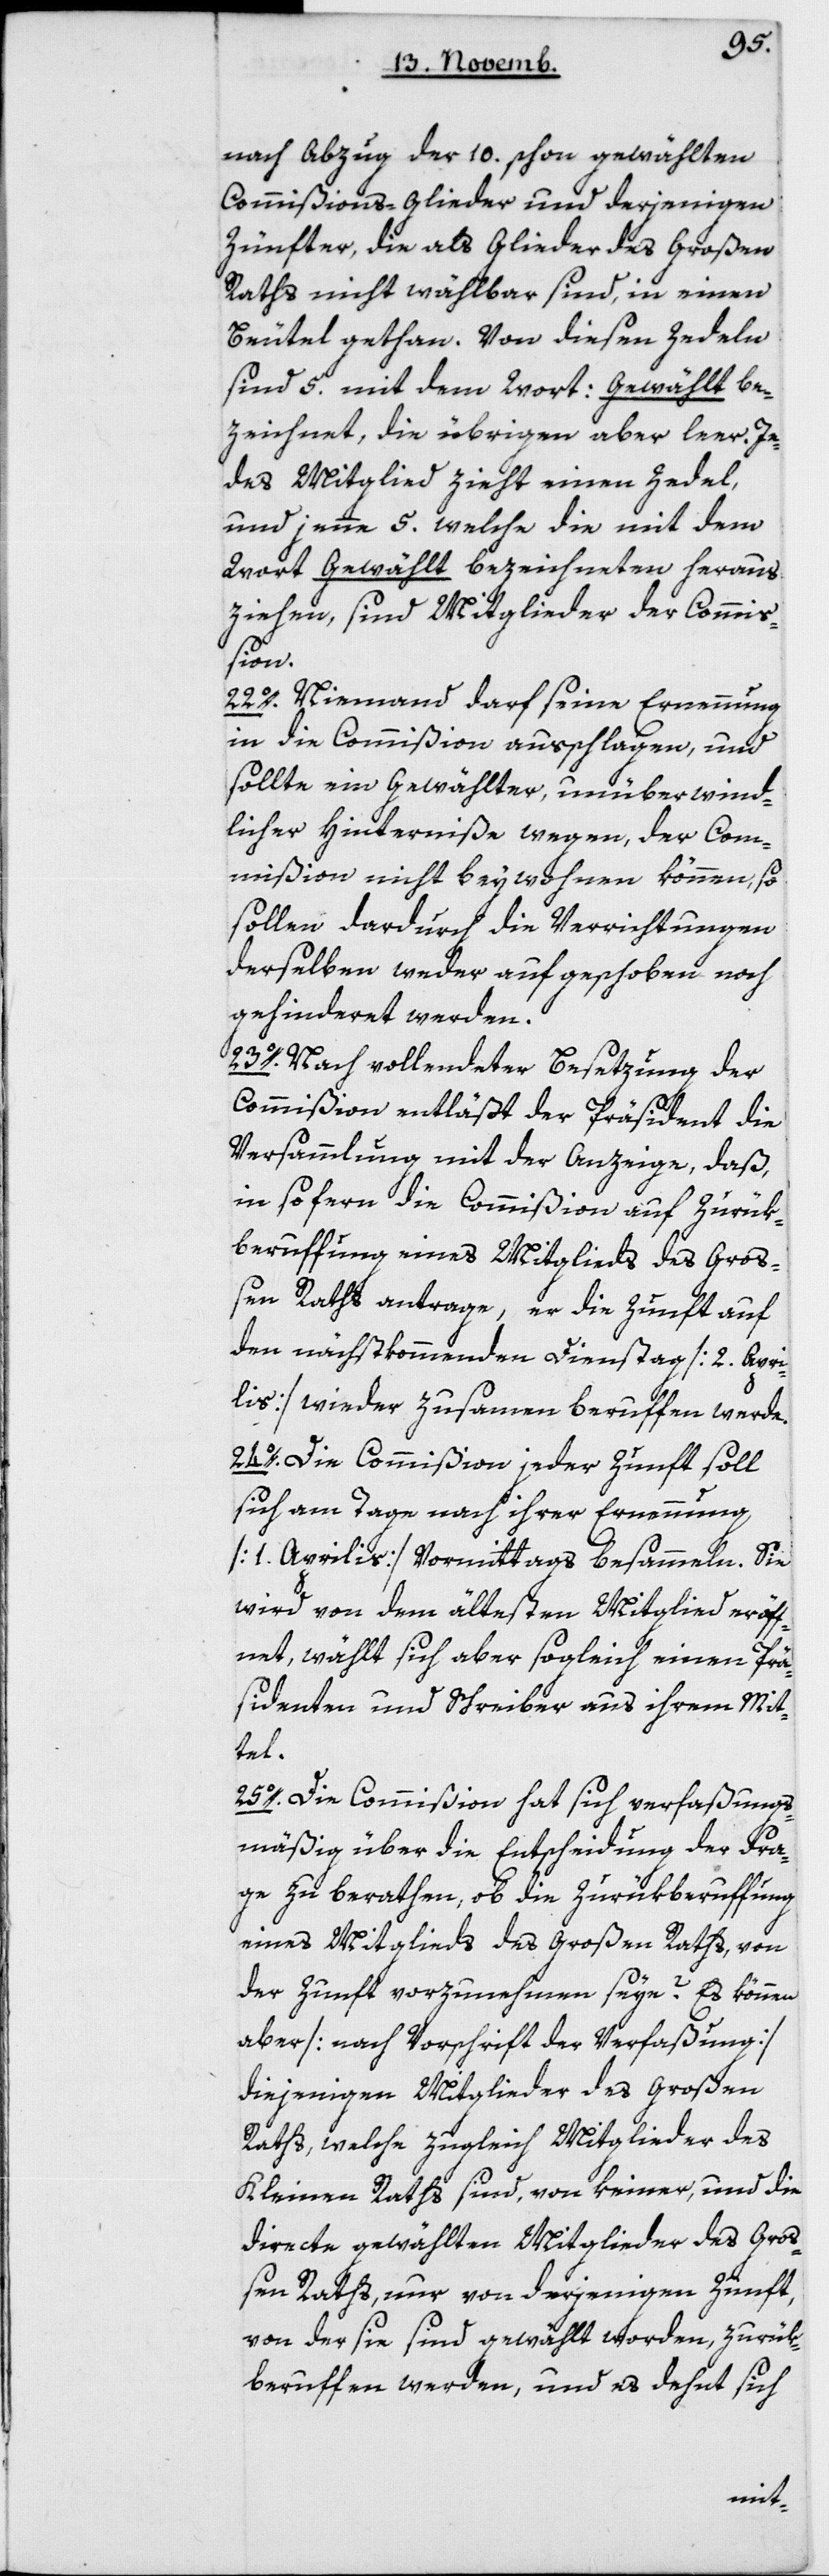
nach Abzug der 10 schon gewählten
Commißionsglieder und derjenigen
Zünfter, die als Glieder des Großen
Raths nicht wählbar sind, in einen
Beutel gethan. Von diesen Zedeln
sind fünf mit dem Wort „Gewählt“ be¬
zeichnet, die übrigen aber leer. Je¬
des Mitglied zieht einen Zedel,
und jene fünf, welche die mit dem
Wort „Gewählt“ bezeichneten heraus¬
ziehen, sind Mitglieder der Commiß¬
ion.
22. Niemand darf seine Ernennung
in die Commißion ausschlagen, und
sollte ein Gewählter, unüberwind¬
licher Hinterniße wegen, der Com¬
mißion nicht beywohnen können, so
sollen dardurch die Verrichtungen
derselben weder aufgeschoben noch
gehinderet werden.
23. Nach vollendeter Besetzung der
Commißion entläßt der Präsident die
Versammlung mit der Anzeige, daß
in so fern die Commißion auf Zurük¬
berufung eines Mitglieds des Groß¬
en Raths antrage, er die Zunft auf
den nächstkommenden Dienstag [2 Apri¬
lis] wieder zusammenberufen werde.
24. Die Commißion jeder Zunft soll
sich am Tage nach ihrer Ernennung
[1 Aprilis] vormittags besammeln. Sie
wird von dem ältesten Mitglied eröff¬
net, wählt sich aber sogleich einen Prä¬
sidenten und Schreiber aus ihrem Mit¬
tel.
25. Die Commißion hat sich verfaßungs¬
mäßig über die Entscheidung der Fra¬
ge zu berathen, ob die Zurükberuffung
eines Mitglieds des Großen Raths von
der Zunft vorzunehmen seye? Es können
aber [nach Vorschrift der Verfaßung]
diejenigen Mitglieder des Großen
Raths, welche zugleich Mitglieder des
Kleinen Raths sind, von keiner, und
directe gewählten Mitglieder des Gro¬
ßen Raths, nur von derjenigen Zunft,
von der sie sind gewählt worden, zurük¬
beruffen werden, und es dehnt sich